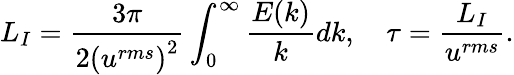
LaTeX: L_{I}=\frac{3\pi}{2\left(u^{rms}\right)^{2}}\int_{0}^{\infty}\frac{E(k)}{k}dk,\quad\tau=\frac{L_{I}}{u^{rms}}.